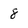
Character: 8